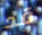
قد